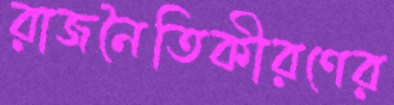
রাজনৈতিকীরণের